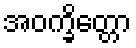
အဝက္ခိတ္တော